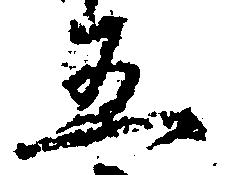
五